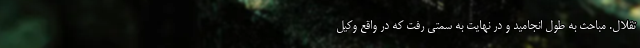
تقلال. مباحث به طول انجامید و در نهایت به سمتی رفت که در واقع وکیل